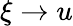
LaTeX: \xi\to u